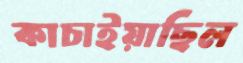
কাচাইয়াছিল